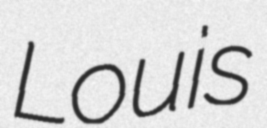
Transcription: Louis